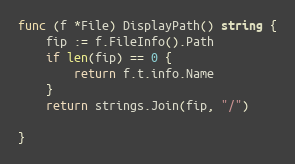
Language: Go
func (f *File) DisplayPath() string {
	fip := f.FileInfo().Path
	if len(fip) == 0 {
		return f.t.info.Name
	}
	return strings.Join(fip, "/")

}